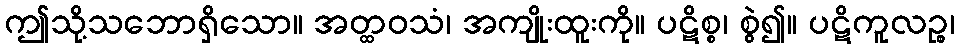
ဤသို့သဘောရှိသော။ အတ္ထဝသံ၊ အကျိုးထူးကို။ ပဋိစ္စ၊ စွဲ၍။ ပဋိကူလဉ္စ၊